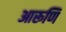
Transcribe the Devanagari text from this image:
आरूणि